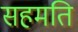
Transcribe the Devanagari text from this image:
सहमति